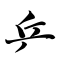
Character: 乒